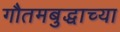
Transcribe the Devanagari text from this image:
गौतमबुद्धाच्या